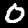
Label: 0